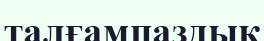
талғампаздық